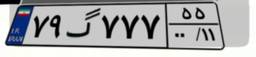
۷۹گ۷۷۷۵۵